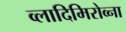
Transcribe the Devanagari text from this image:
व्लादिमिरोव्ना